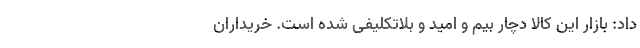
داد: بازار این کالا دچار بیم و امید و بلاتکلیفی شده است. خریداران